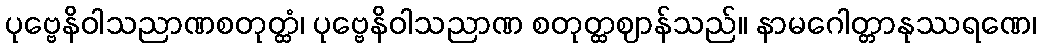
ပုဗ္ဗေနိဝါသညာဏစတုတ္ထံ၊ ပုဗ္ဗေနိဝါသညာဏ စတုတ္ထဈာန်သည်။ နာမဂေါတ္တာနုဿရဏေ၊